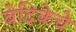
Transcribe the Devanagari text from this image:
वेदिकेचे